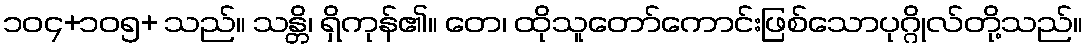
၁၀၄+၁၀၅+ သည်။ သန္တိ၊ ရှိကုန်၏။ တေ၊ ထိုသူတော်ကောင်းဖြစ်သောပုဂ္ဂိုလ်တို့သည်။